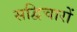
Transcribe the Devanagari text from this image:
सद्विचारों